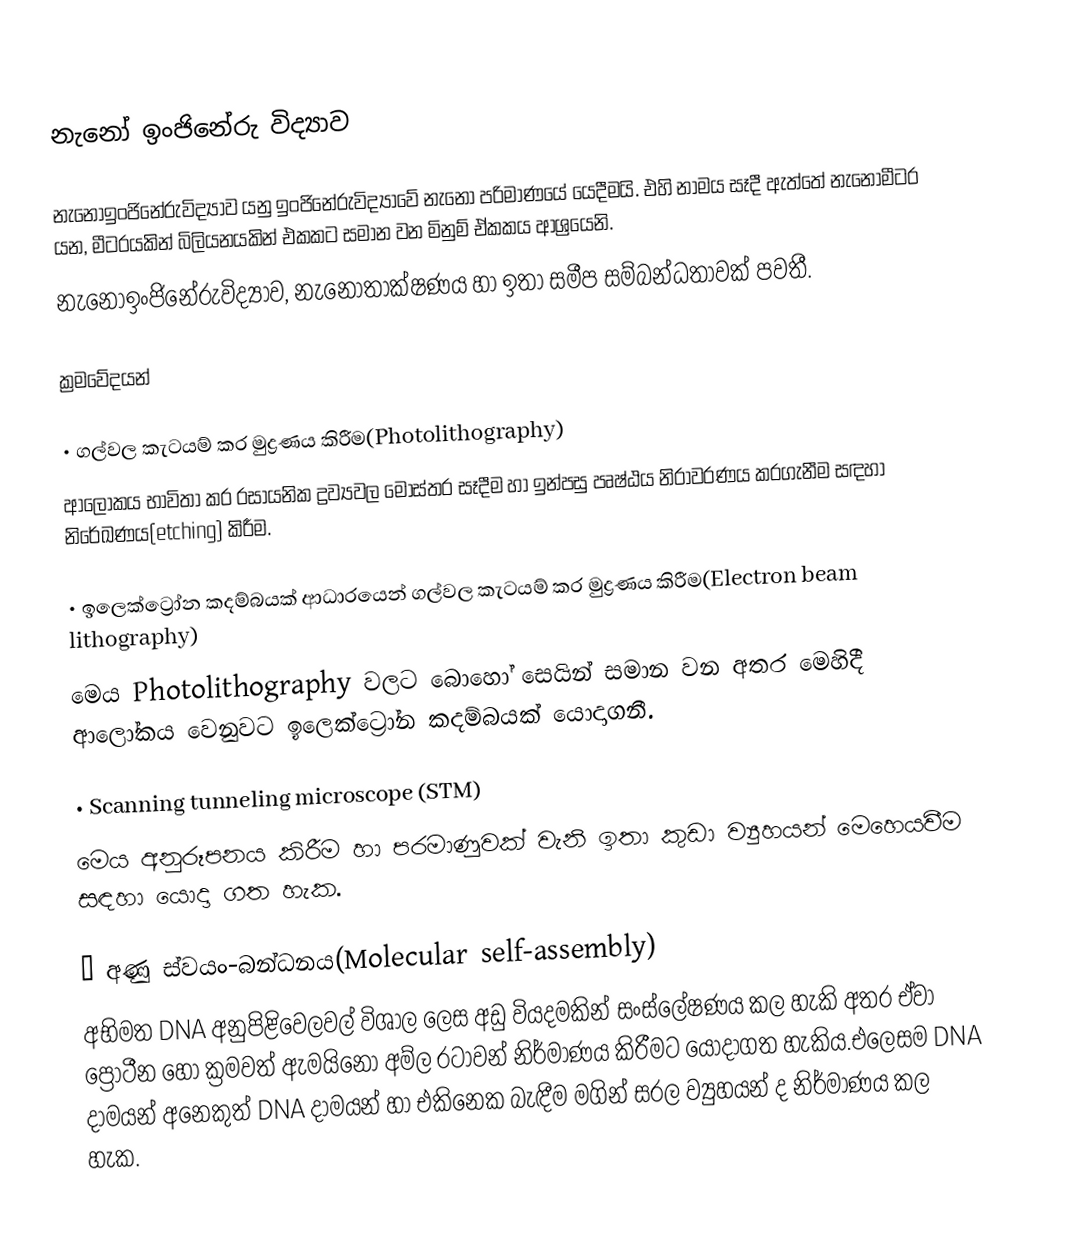
නැනෝ ඉංජිනේරු විද්‍යාව

නැනෝඉංජිනේරුවිද්‍යාව යනු ඉංජිනේරුවිද්‍යාවේ නැනෝ පරිමාණයේ යෙදීමයි. එහි නාමය සෑදී ඇත්තේ නැනෝමීටර යන, මීටරයකින් බිලියනයකින් එකකට සමාන වන මිනුම් ඒකකය ආශ්‍රයෙනි.
නැනෝඉංජිනේරුවිද්‍යාව, නැනෝතාක්ෂණය හා ඉතා සමීප සම්බන්ධතාවක් පවතී.

ක්‍රමවේදයන්

•	ගල්වල කැටයම් කර මුද්‍රණය කිරීම(Photolithography)
ආලෝකය භාවිතා කර රසායනික ද්‍රව්‍යවල මෝස්තර සෑදීම හා ඉන්පසු  පෘෂ්ඨය නිරාවරණය කරගැනීම සඳහා නිරේඛණය(etching) කිරීම.

•	ඉලෙක්ට්‍රෝන කදම්බයක් ආධාරයෙන් ගල්වල කැටයම් කර මුද්‍රණය කිරීම(Electron beam lithography)
මෙය Photolithography වලට බොහෝ සෙයින් සමාන වන අතර මෙහිදී ආලෝකය වෙනුවට  ඉලෙක්ට්‍රෝන කදම්බයක් යොදාගනී.

•	Scanning tunneling microscope (STM)
මෙය අනුරූපනය කිරීම හා පරමාණුවක් වැනි  ඉතා කුඩා ව්‍යුහයන් මෙහෙයවීම සඳහා යොදා ගත හැක.

•	අණු ස්වයං-බන්ධනය(Molecular self-assembly)
අභිමත DNA අනුපිළිවෙලවල් විශාල ලෙස අඩු වියදමකින් සංස්ලේෂණය කල හැකි අතර ඒවා ප්‍රෝටීන හෝ ක්‍රමවත් ඇමයිනෝ අම්ල රටාවන් නිර්මාණය කිරීමට යොදාගත හැකිය.එලෙසම DNA දාමයන් අනෙකුත් DNA දාමයන් හා එකිනෙක බැඳීම මගින් සරල ව්‍යුහයන් ද නිර්මාණය කල හැක.